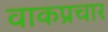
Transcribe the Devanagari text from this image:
वाकप्रचार